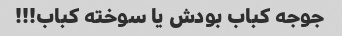
جوجه کباب بودش یا سوخته کباب!!!